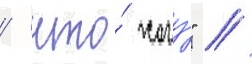
/ что́ хочу́" //